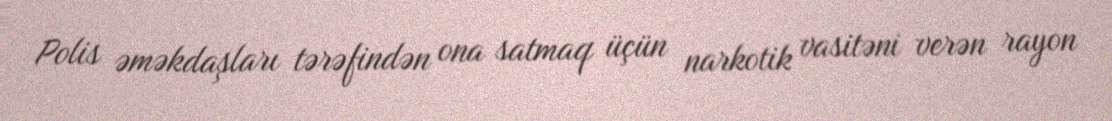
Polis əməkdaşları tərəfindən ona satmaq üçün narkotik vasitəni verən rayon